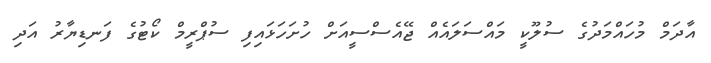
އާދަމް މުހައްމަދުގެ ސުލޫކީ މައްސަލައެއް ޖޭއެސްސީއަށް ހުށަހަޅައިފި ސުޕްރީމް ކޯޓުގެ ފަނޑިޔާރު އަދި